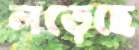
লড়েছে